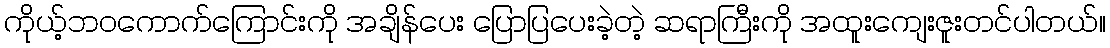
ကိုယ့်ဘဝကောက်ကြောင်းကို အချိန်ပေး ပြောပြပေးခဲ့တဲ့ ဆရာကြီးကို အထူးကျေးဇူးတင်ပါတယ်။